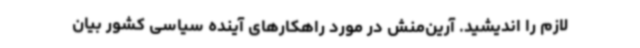
لازم را اندیشید. آرین‌منش در مورد راهکارهای آینده سیاسی کشور بیان